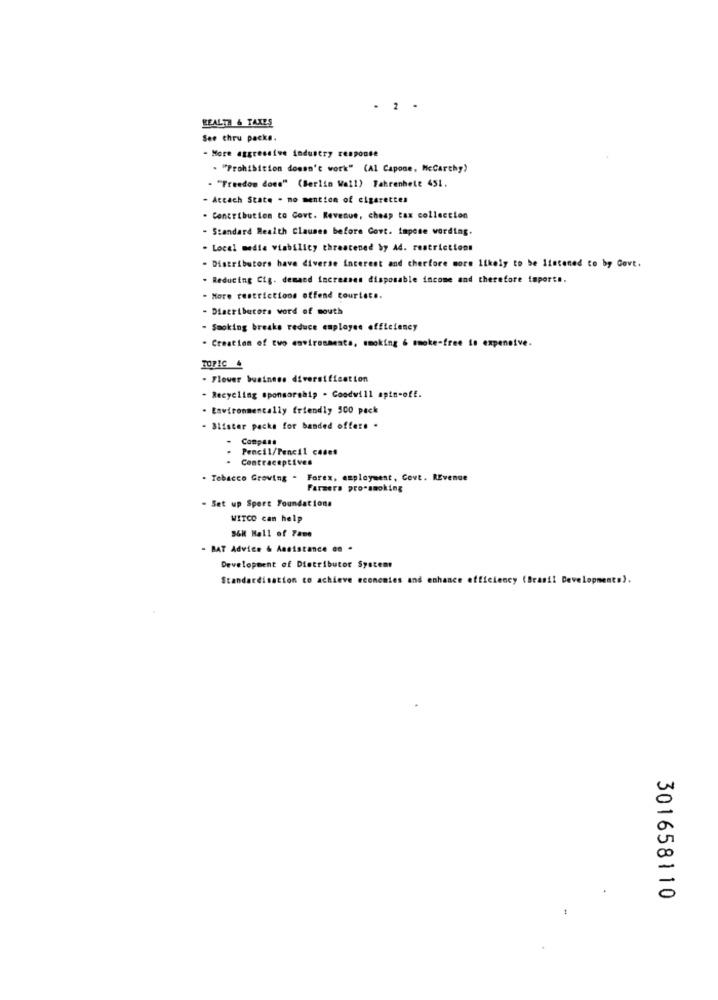
- 2 .
HEALTH & TAXES
See thru packs.
- More aggressive industry response
. "Prohibition doesn't work" (Al Capone, Mccarthy)
. "Freedom does" (Berlin Wall) Fahrenbete 451.
Accach State - mo mention of cigarettes
- Contribution to Govt. Revenue, cheap tax collection
- Standard Realth Clauses before Govt. impose wording.
- Local media viability threatened by Ad. restrictions
- Distributors have diverse interest and therfore more likely to be listened to by Govt.
Reducing Cig. demand increases disposable income and therefore taports.
- More restrictions offend courtets.
- Diacribucors word of mouth
- Smoking breaks reduce employee efficiency
* Creation of two environmenta, smoking & smoke-free to expensive.
. Flower business diversification
- Recycling sponsorship . Goodwill spin-off.
. Environmentally friendly 500 pack
- Blister packe for banded offere .
Compass
Pencil/Pencil cases
- Contraceptives
- Tebacco Growing - Forex, employment, Covt. REvenue
Farmers pro-smoking
- Set up Sport Foundations
WITCO can help
S6M Hall of Fame
- BAT Advice & Assistance en .
Development of Distributor Systems
Standardisation to achieve economies and enhance efficiency (Brasil Development").
301658110